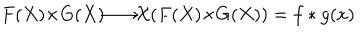
LaTeX: F ( X ) { \times } G ( X ) { \longrightarrow } { \cal X } ( F ( X ) { \times } G ( X ) ) = f * g ( x )